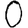
Digit: 0